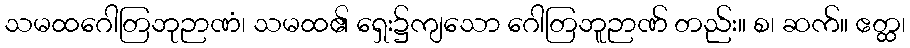
သမထဂေါတြဘုဉာဏံ၊ သမထ၏ ရှေး၌ကျသော ဂေါတြဘူဉာဏ် တည်း။ စ၊ ဆက်။ ဧတ္ထ၊